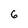
Character: 6